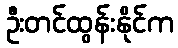
ဦးတင်ထွန်းနိုင်က